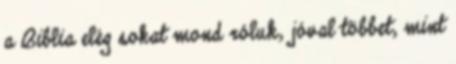
a Biblia elég sokat mond róluk, jóval többet, mint